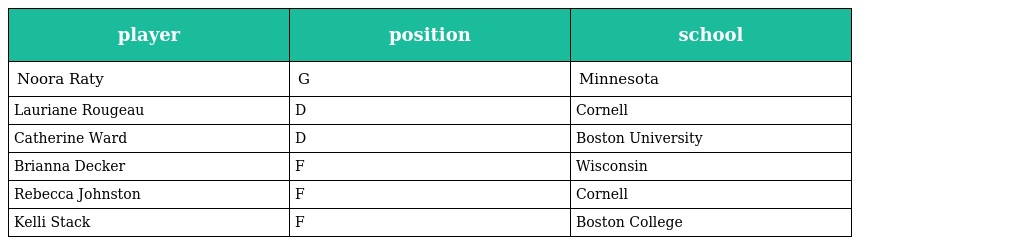
| player | position | school |
 | --- | --- | --- |
 | Noora Raty | G | Minnesota |
 | Lauriane Rougeau | D | Cornell |
 | Catherine Ward | D | Boston University |
 | Brianna Decker | F | Wisconsin |
 | Rebecca Johnston | F | Cornell |
 | Kelli Stack | F | Boston College |